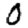
Digit: 0